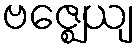
ဗဇ္ဈေယျ